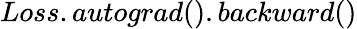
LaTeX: Loss.autograd().backward()